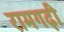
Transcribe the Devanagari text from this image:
रामगढ़ी